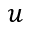
u